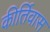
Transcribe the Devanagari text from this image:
कीर्तिवास